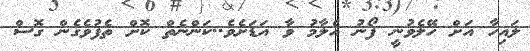
ލައިހާ އަށް ހޭލެވުނީ ފޯނު އެލާމު ވާ އަޑަށެވެ..ކަންނެތް ކޮށް ތެފުވެގެން ގޮސް